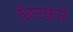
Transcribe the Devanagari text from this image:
छिटकने